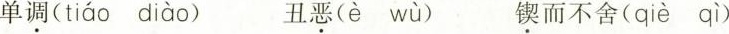
单调( tiáo diào ) 丑恶(è wù ) 锲而不舍( qiè qì )